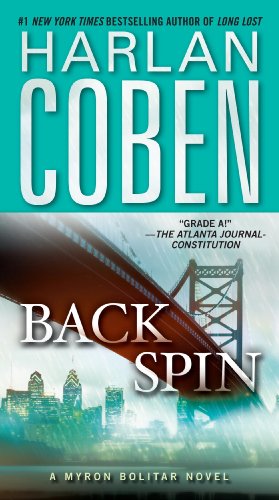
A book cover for Back Spin (Myron Bolitar); Harlan Coben; Mystery, Thriller & Suspense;